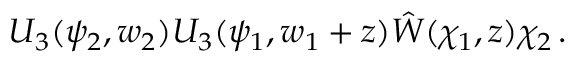
U _ { 3 } ( \psi _ { 2 } , w _ { 2 } ) U _ { 3 } ( \psi _ { 1 } , w _ { 1 } + z ) \hat { W } ( \chi _ { 1 } , z ) \chi _ { 2 } \, .